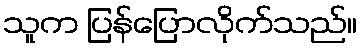
သူက ပြန်ပြောလိုက်သည်။